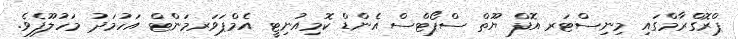
ޕްރޮގްރާމްގައި މިނިސްޓަރ އޮފް ޔޫތް ސްޕޯޓްސް އެންޑް ކޮމިއުނިޓީ އެމްޕަވަރމަންޓް އަހުމަދު މަހުލޫފެވެ.